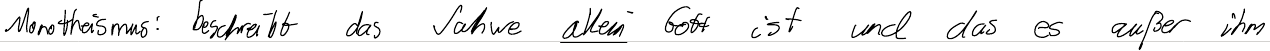
Monotheismus: beschreibt das Jahwe allein Gott ist und das es außer ihm